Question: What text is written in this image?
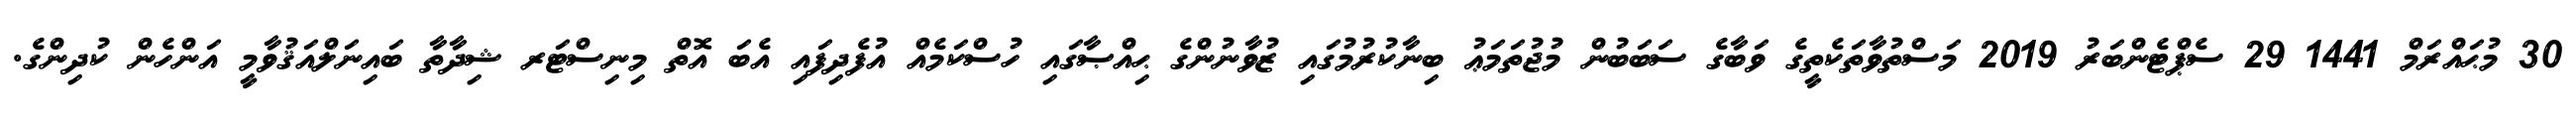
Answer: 30 މުޙައްރަމް 1441 29 ސެޕްޓެންބަރު 2019 މަސްތުވާތަކެތީގެ ވަބާގެ ސަބަބުން މުޖުތަމަޢު ބިނާކުރުމުގައި ޒުވާނުންގެ ޙިއްޞާގައި ހުސްކަމެއް އުފެދިފައި އެބަ އޮތް މިނިސްޓަރ ޝިދާތާ ބައިނަލްއަޤުވާމީ އަންހެން ކުދިންގެ.